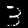
Digit: 3